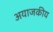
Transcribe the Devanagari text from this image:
अयाजकीय